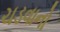
ચડવાનો